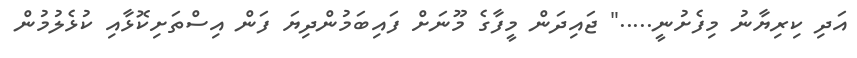
އަދި ކިރިޔާނު މިފެށުނީ....." ޖައިދަން މީފާގެ މޫނަށް ފައިބަމުންދިޔަ ފަން އިސްތަށިކޮޅާއި ކުޅެލުމުން